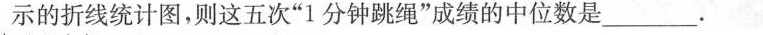
示的折线统计图，则这五次”1分钟跳绳”成绩的中位数是___.